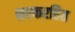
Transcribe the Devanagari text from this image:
शल्करहित